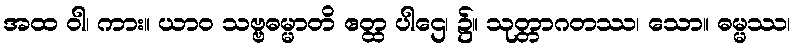
အထ ဝါ၊ ကား။ ယာဝ သဗ္ဗဓမ္မာတိ ဧတ္ထ ပါဌေ၊ ၌။ သုတ္တာဂတဿ၊ သော။ ဓမ္မဿ၊